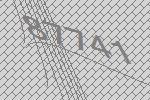
87741